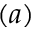
( a )